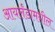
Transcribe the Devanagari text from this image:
आयर्लंडामधील